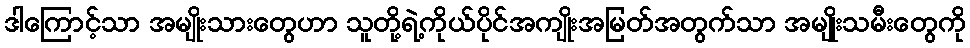
ဒါကြောင့်သာ အမျိုးသားတွေဟာ သူတို့ရဲ့ကိုယ်ပိုင်အကျိုးအမြတ်အတွက်သာ အမျိုးသမီးတွေကို